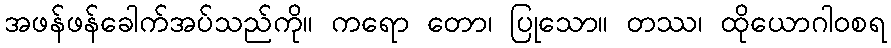
အဖန်ဖန်ခေါက်အပ်သည်ကို။ ကရော တော၊ ပြုသော။ တဿ၊ ထိုယောဂါဝစရ